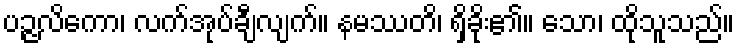
ပဉ္ဇလိကော၊ လက်အုပ်ချီလျက်။ နမဿတိ၊ ရှိခိုး၏။ သော၊ ထိုသူသည်။